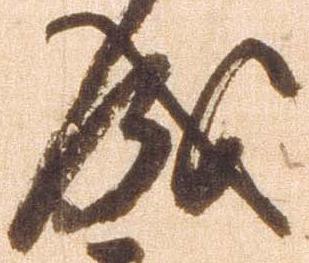
成